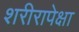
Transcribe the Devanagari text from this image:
शरीरापेक्षा